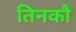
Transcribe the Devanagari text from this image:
तिनकौ